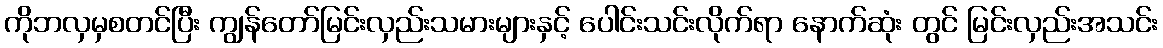
ကိုဘလှမှစတင်ပြီး ကျွန်တော်မြင်းလှည်းသမားများနှင့် ပေါင်းသင်းလိုက်ရာ နောက်ဆုံး တွင် မြင်းလှည်းအသင်း